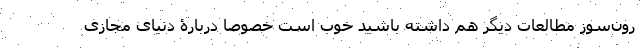
رون‌سوز مطالعات دیگر هم داشته باشید خوب است خصوصا دربارۀ دنیای مجازی